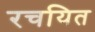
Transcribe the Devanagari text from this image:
रचयित